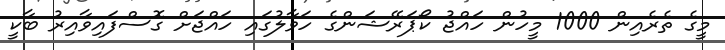
މީގެ ތެރެއިން 1000 މީހުން ހައްޖު ކޯޕަރޭޝަންގެ ހަވާލުގައި ހައްޖަށް ގޮސްފައިވާއިރު ބާކީ